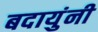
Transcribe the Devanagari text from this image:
बदायुंनी